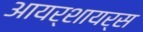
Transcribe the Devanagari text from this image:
आयर्शायर्स